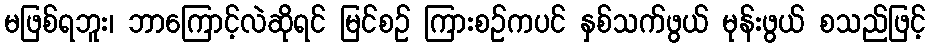
မဖြစ်ရဘူး၊ ဘာကြောင့်လဲဆိုရင် မြင်စဉ် ကြားစဉ်ကပင် နှစ်သက်ဖွယ် မုန်းဖွယ် စသည်ဖြင့်